TRU_Ajalooring, lk 5
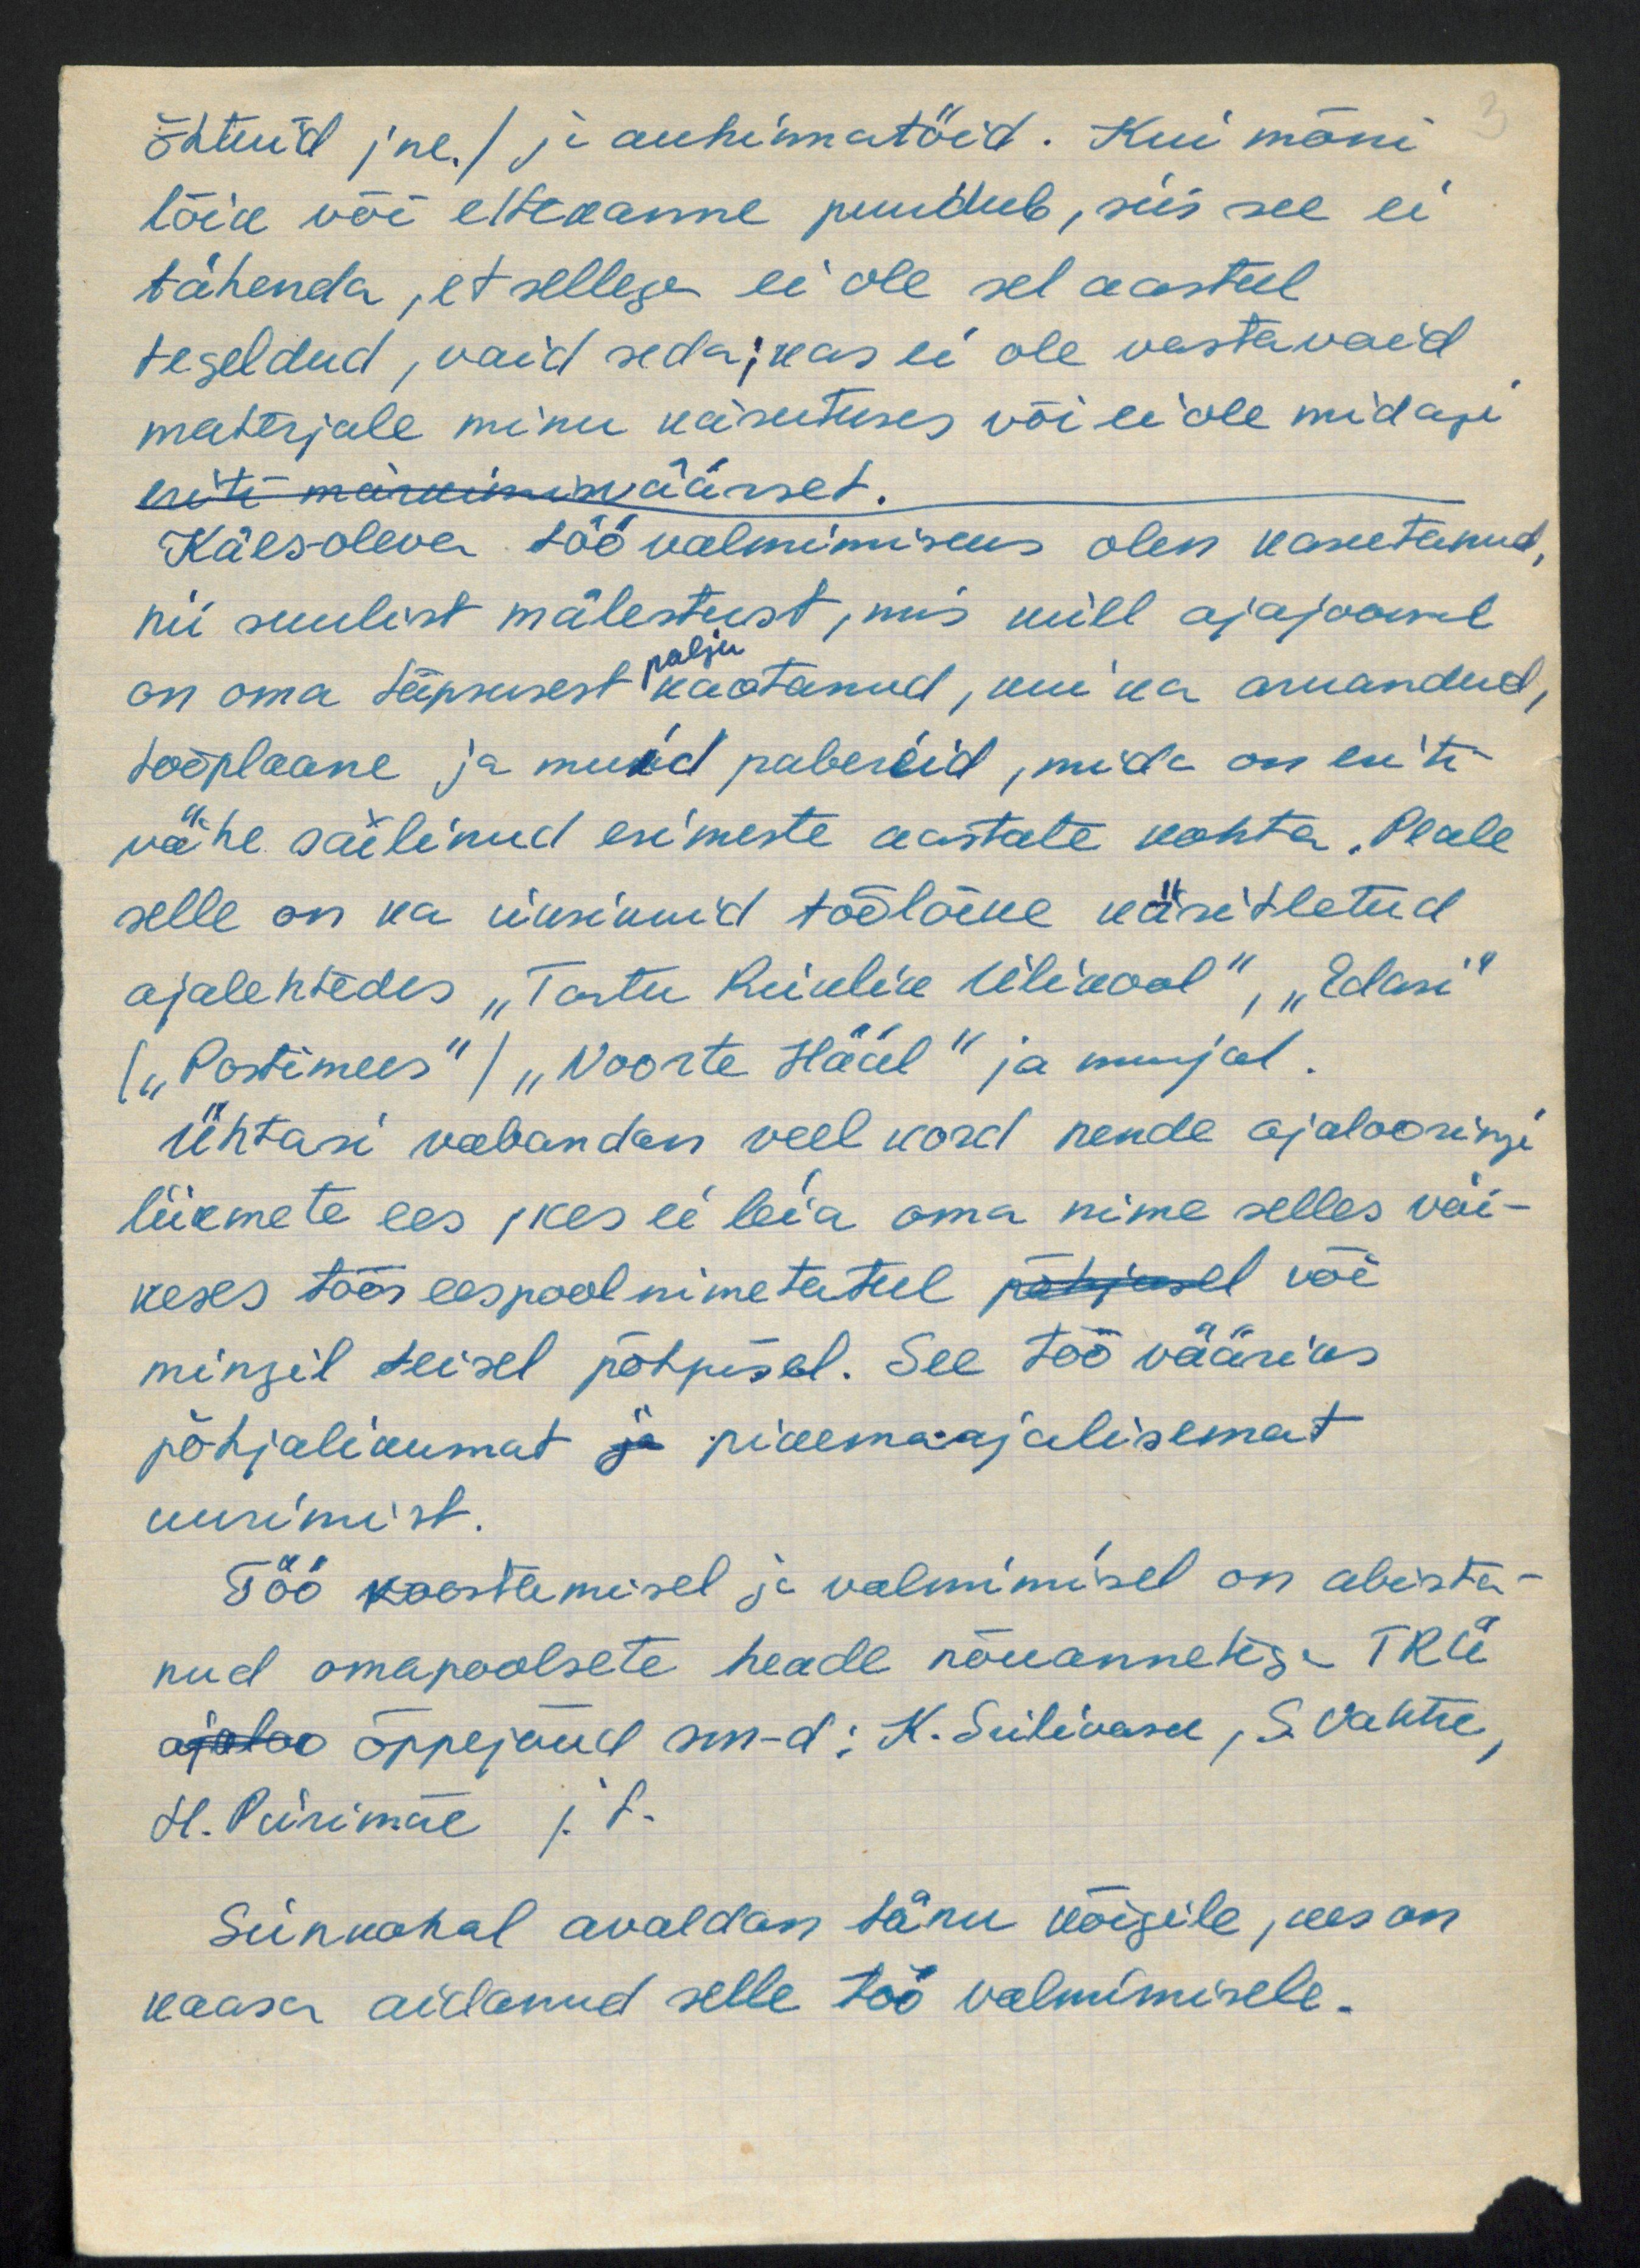
Õhtuid jne.) ja auhinnatöid. Kui mõni
lõik või ettepanne puudub, siis see ei
tähenda, et sellega ei ole sel aastal
tegeldud, vaid seda; kas ei ole vastavaid
materjale minu käsutuses või ei ole midagi
eriti märkimisväärset.
Käesoleva töövalmimiseks olen kasutanud,
nii suulist mälestust, mis küll ajajoonil
palju.
on oma täpsusest kaotanud, kui ka aruandeid,
tööplaane ja muid pabereid, mida on eriti
vahe säilnud esimeste aastate kohta. Peale
selle on ka üksikuid töölõike käsitletud
ajalehtedes "Tartu Riiklik Ülikool", "Edasi"
/"Postimees"/ "Noorte Hääl" ja mujal.
Ühtasi vabandan veel kord nende ajalooringi
liikmete ees, kes ei leia oma nime selles väi-
keses töös eespool nimetatul põhjusel või
mingil teisel põhjusel. See töö vääriks
põhjalikumat ja pikemaajalisemat
uurimist.
Töö koostamisel ja valmimisel on abista-
nud omapoolsete heade nõuannetega TRÜ
ajaloo õppejõud nn-d: K. Siilivask, S. Vahtre,
H. Piirimäe j. F.
Siinkohal avaldan tänu kõigile, kes on
kaasa aidanud selle töö valmimisele.